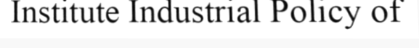
Institute Industrial Policy of